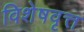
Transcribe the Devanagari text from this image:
विशेषवृत्त